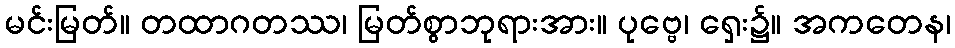
မင်းမြတ်။ တထာဂတဿ၊ မြတ်စွာဘုရားအား။ ပုဗ္ဗေ၊ ရှေး၌။ အကတေန၊